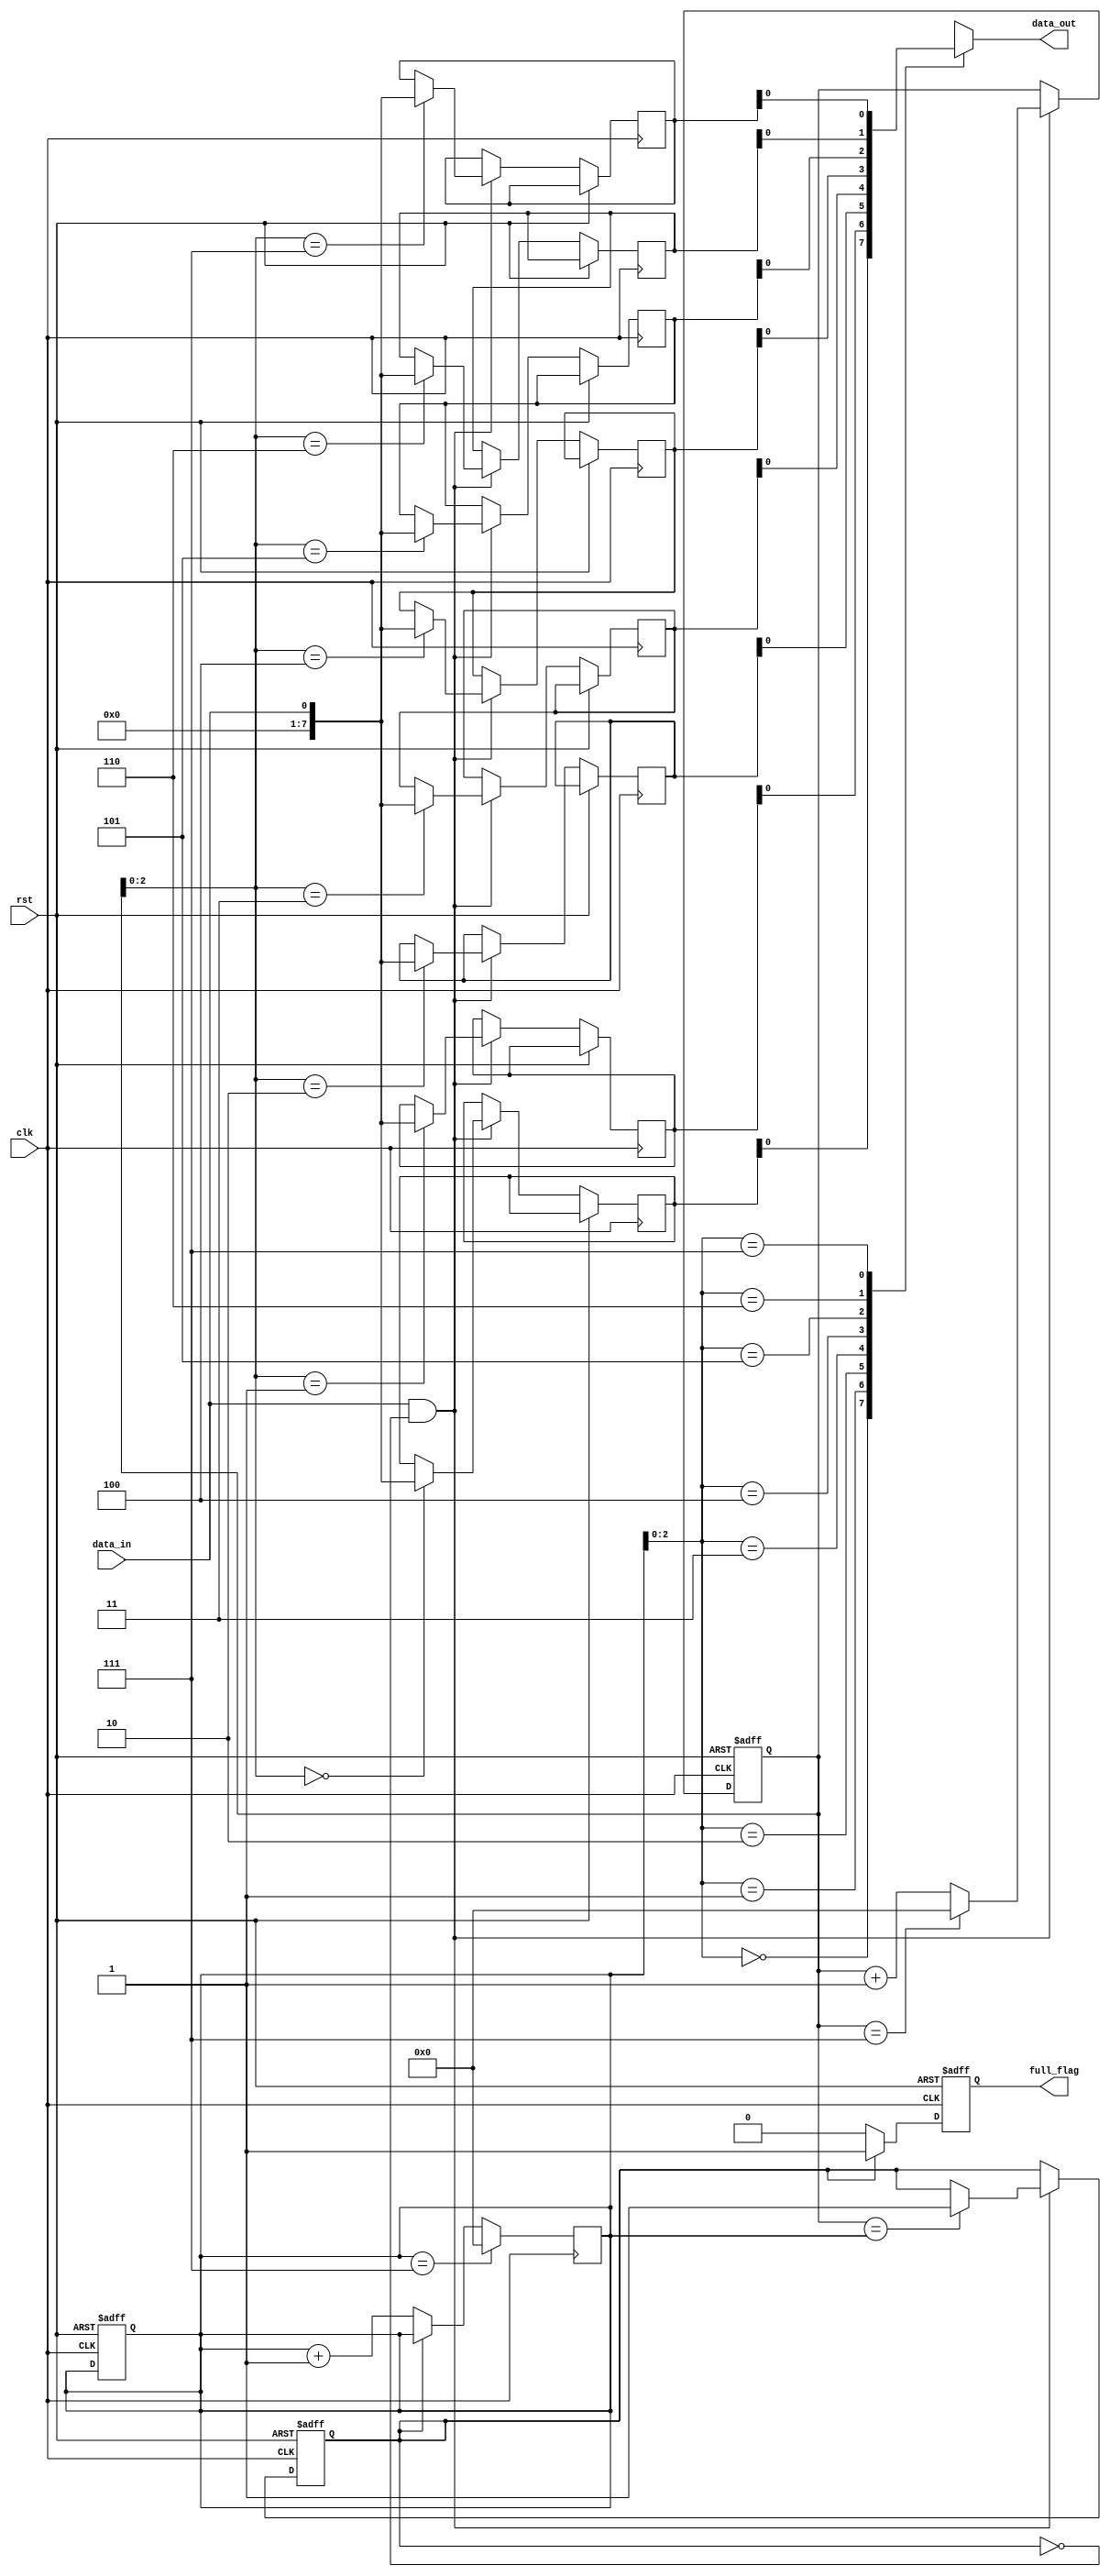
module Almost_Full_FIFO (
  input wire clk,
  input wire rst,
  input wire data_in,
  output wire data_out,
  output wire full_flag
);

parameter BUFFER_SIZE = 8;

reg [BUFFER_SIZE-1:0] buffer [0:BUFFER_SIZE-1];
reg [3:0] write_ptr, read_ptr;
reg full;

always @(posedge clk or posedge rst) begin
  if (rst) begin
    write_ptr <= 4'b0000;
    read_ptr <= 4'b0000;
    full <= 1'b0;
  end else begin
    if (data_in && !full) begin
      buffer[write_ptr] <= data_in;
      write_ptr <= write_ptr + 1;
      if (write_ptr == BUFFER_SIZE-1)
        write_ptr <= 4'b0000;
      if (write_ptr == read_ptr)
        full <= 1'b1;
    end
  end
end

always @(posedge clk or posedge rst) begin
  if (rst) begin
    full_flag <= 1'b0;
  end else begin
    if (full)
      full_flag <= 1'b1;
    else
      full_flag <= 1'b0;
  end
end

assign data_out = buffer[read_ptr];
always @(posedge clk) begin
  if (!full)
    read_ptr <= read_ptr + 1;
  if (read_ptr == BUFFER_SIZE-1)
    read_ptr <= 4'b0000;
end

endmodule